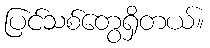
ပြင်သစ်တွေရှိတယ်။